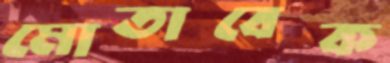
মোতাবেক